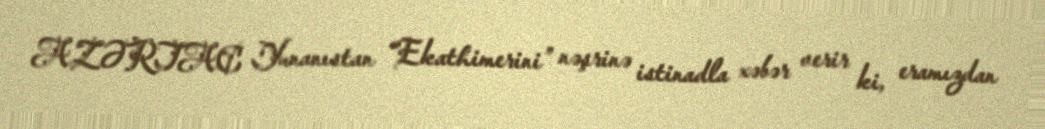
AZƏRTAC Yunanıstan “Ekathimerini” nəşrinə istinadla xəbər verir ki, eramızdan